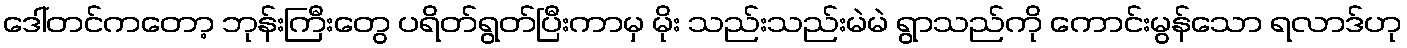
ဒေါ်တင်ကတော့ ဘုန်းကြီးတွေ ပရိတ်ရွတ်ပြီးကာမှ မိုး သည်းသည်းမဲမဲ ရွာသည်ကို ကောင်းမွန်သော ရလာဒ်ဟု